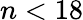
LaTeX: n<18